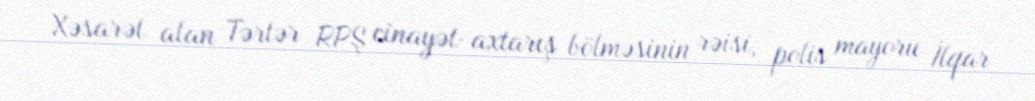
Xəsarət alan Tərtər RPŞ cinayət-axtarış bölməsinin rəisi, polis mayoru İlqar